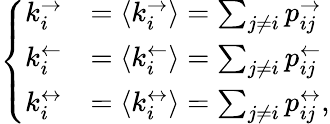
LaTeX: \left\{ \begin{array}{ll}{k_{i}^{\rightarrow}}&{=\langle k_{i}^{\rightarrow}\rangle=\sum_{j\neq i}p_{ij}^{\rightarrow}}\\ {k_{i}^{\leftarrow}}&{=\langle k_{i}^{\leftarrow}\rangle=\sum_{j\neq i}p_{ij}^{\leftarrow}}\\ {k_{i}^{\leftrightarrow}}&{=\langle k_{i}^{\leftrightarrow}\rangle=\sum_{j\neq i}p_{ij}^{\leftrightarrow},}\end{array}\right.